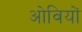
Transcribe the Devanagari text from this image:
ओवियों